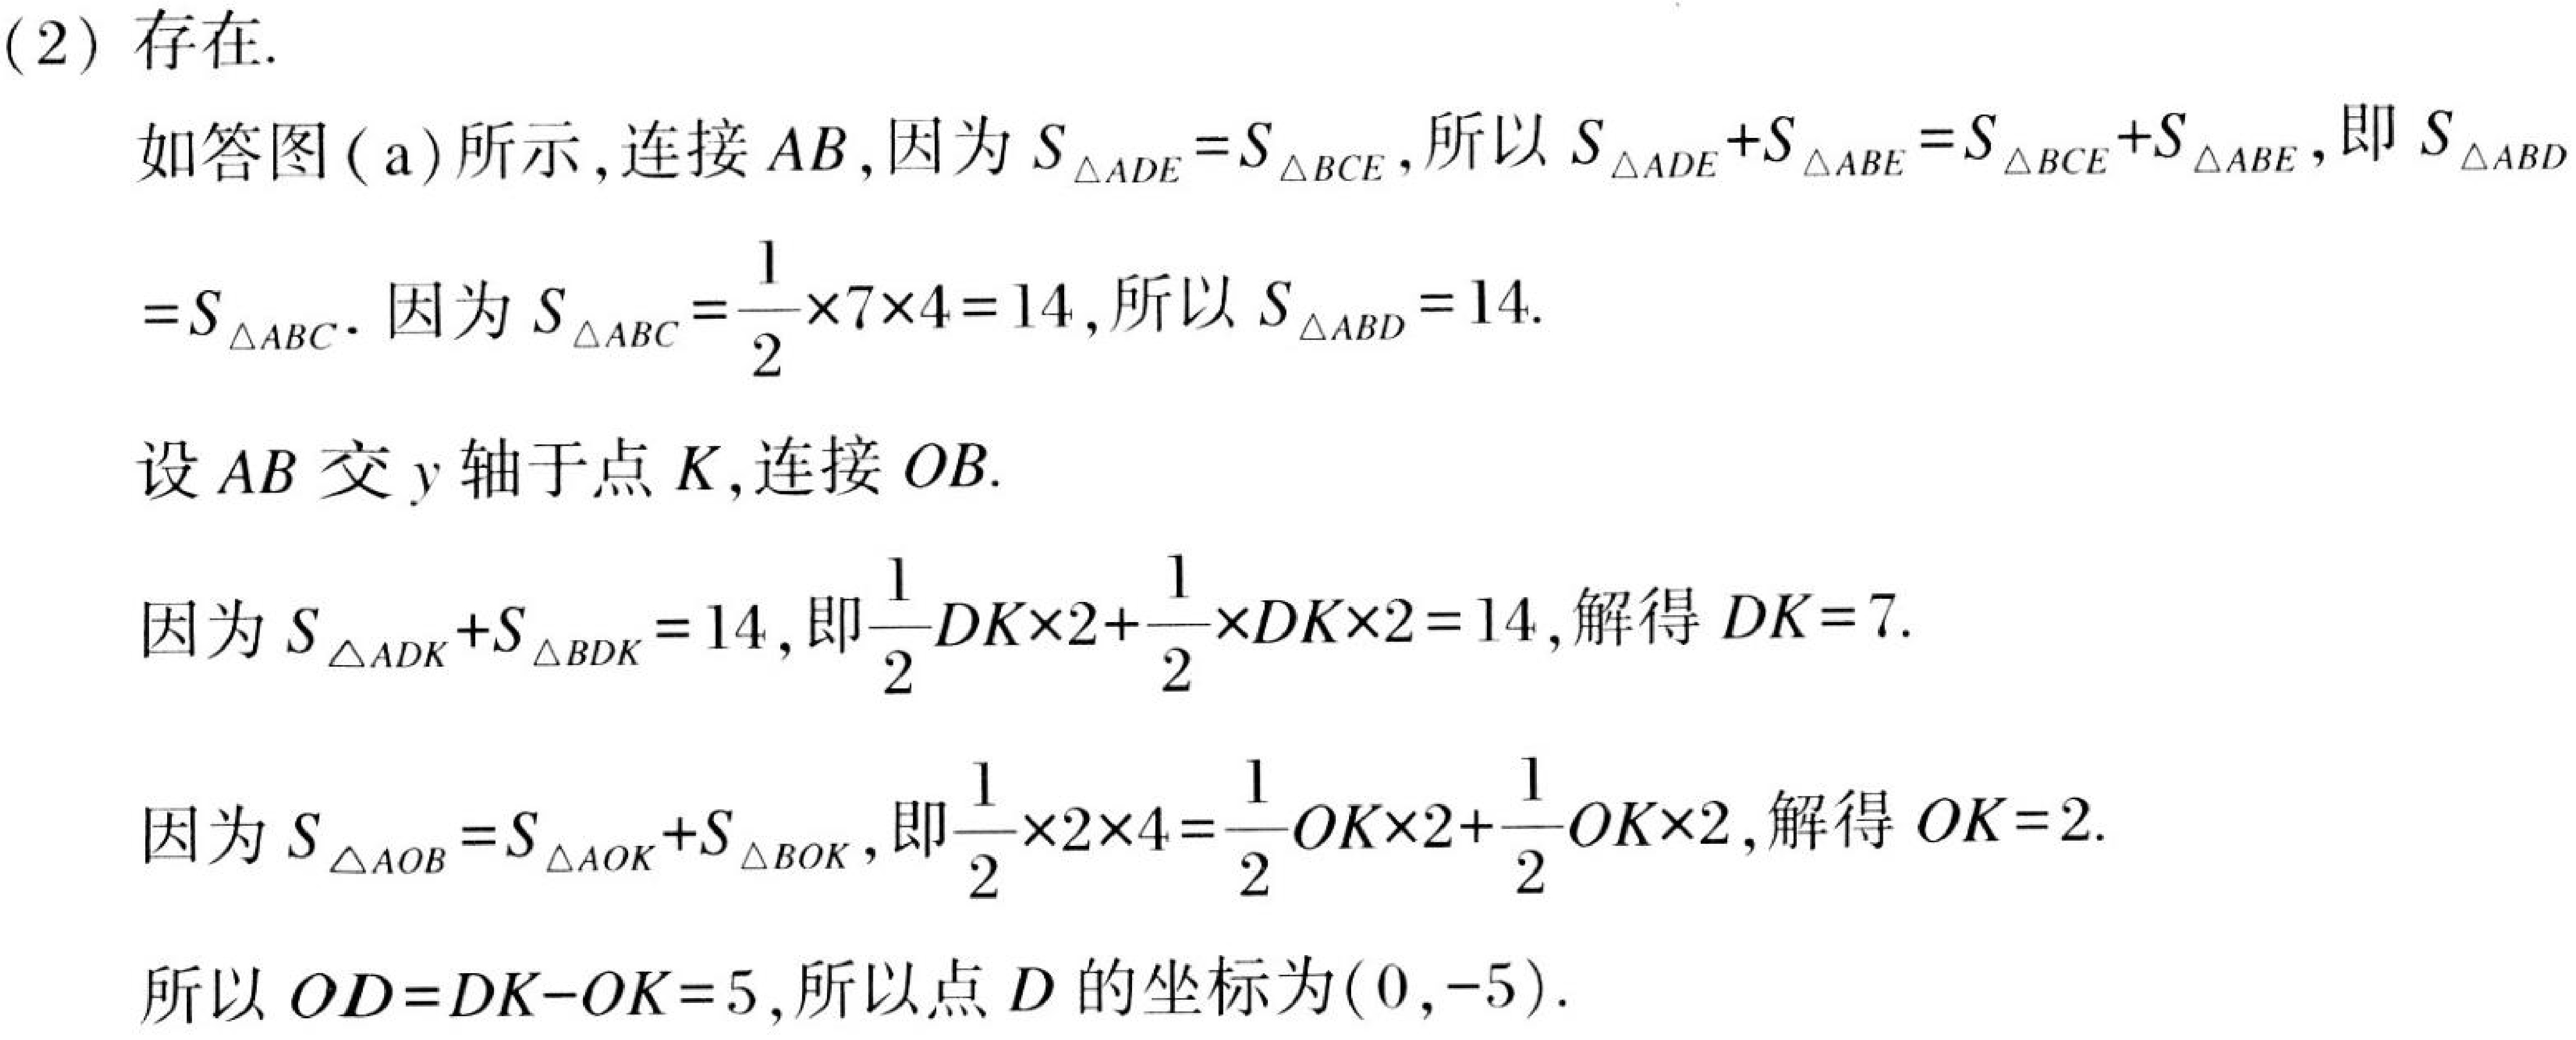
(2) 存在.
如答图 (a) 所示,连接 \(AB\),因为 \(S_{\triangle ADE}=S_{\triangle BCE}\),所以 \(S_{\triangle ADE}+S_{\triangle ABE}=S_{\triangle BCE}+S_{\triangle ABE}\),即 \(S_{\triangle ABD}\)
\(=S_{\triangle ABC}\). 因为 \(S_{\triangle ABC}=\frac{1}{2}\times7\times4 = 14\),所以 \(S_{\triangle ABD}=14\).
设 \(AB\) 交 \(y\) 轴于点 \(K\),连接 \(OB\).
因为 \(S_{\triangle ADK}+S_{\triangle BDK}=14\),即\(\frac{1}{2}DK\times2+\frac{1}{2}\times DK\times2 = 14\),解得 \(DK = 7\).
因为 \(S_{\triangle AOB}=S_{\triangle AOK}+S_{\triangle BOK}\),即\(\frac{1}{2}\times2\times4=\frac{1}{2}OK\times2+\frac{1}{2}OK\times2\),解得 \(OK = 2\).
所以 \(OD=DK - OK = 5\),所以点 \(D\) 的坐标为\((0,-5)\).